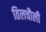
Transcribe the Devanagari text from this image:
तिलचौली